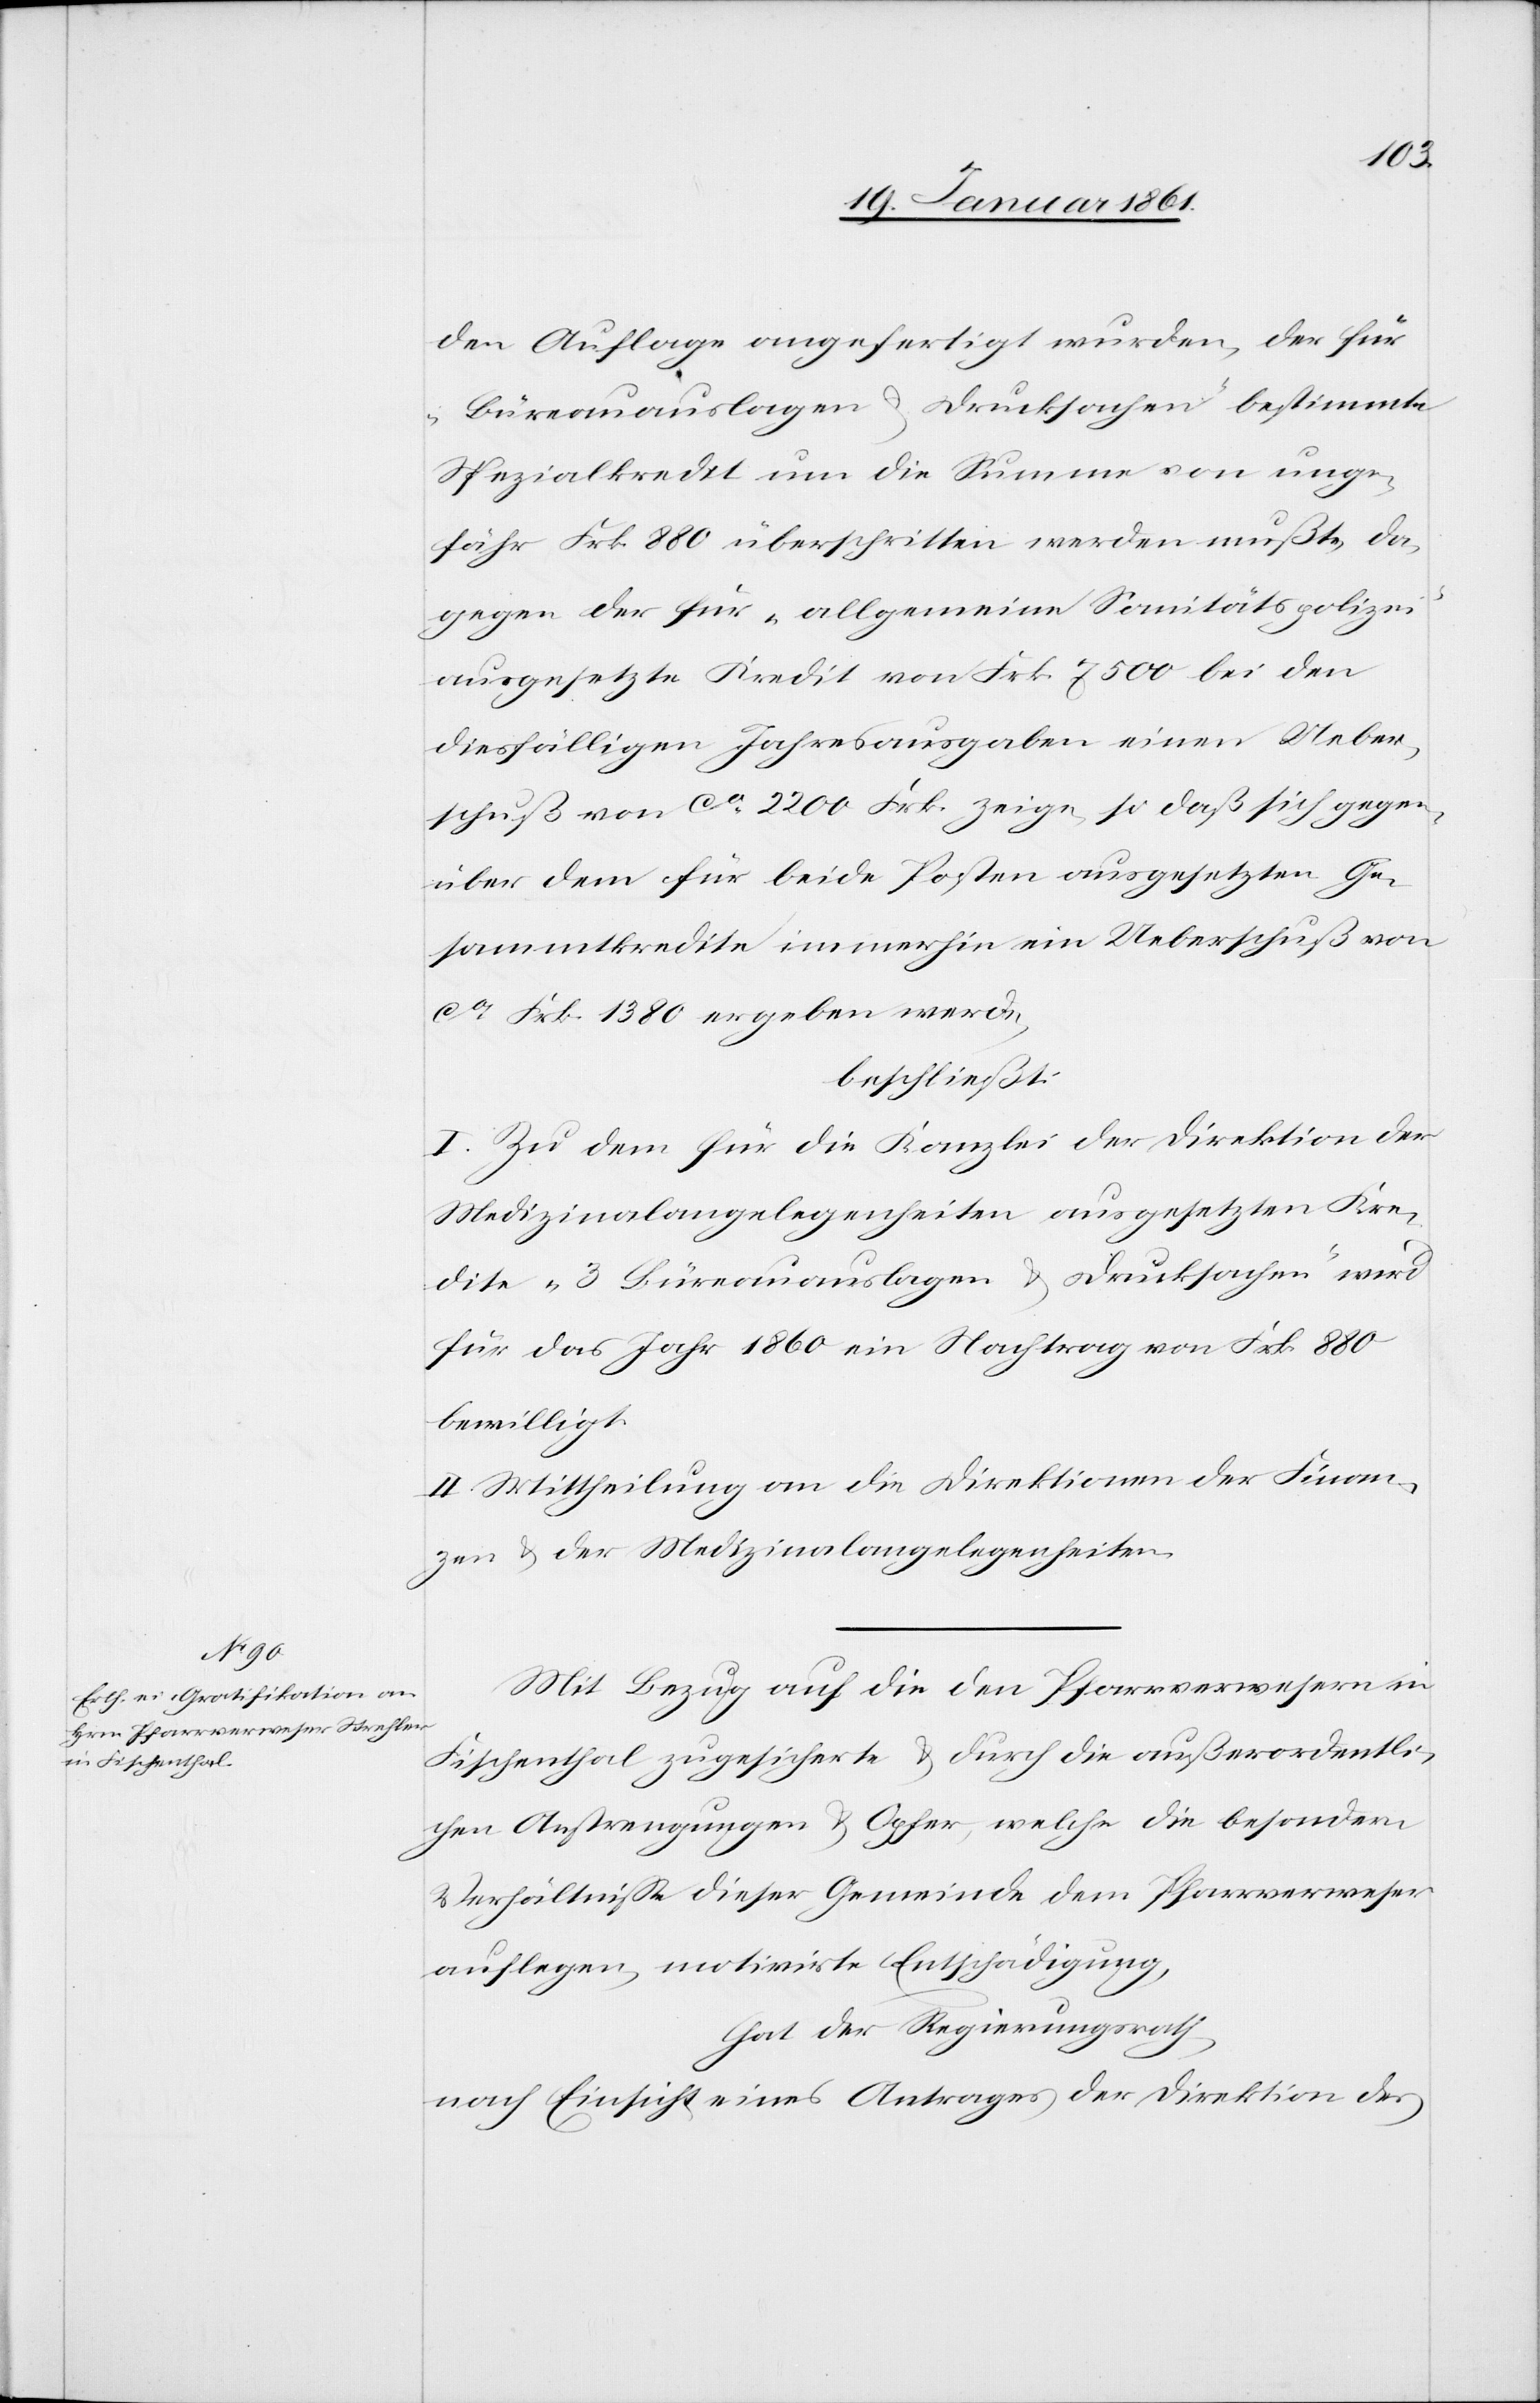
den Auflage angefertigt wurden, der für
„Büreauauslagen u. Drucksachen“ bestimmte
Spezialkredit um die Summe von unge¬
fähr Frk. 880 überschritten werden müßte, da¬
gegen der für „allgemeine Sanitätspolizei“
ausgesetzte Kredit von Frk. 7500 bei den
diesfälligen Jahresausgaben einen Ueber¬
schuß von ca 2200 Frk. zeige, so daß sich gegen¬
über dem für beide Posten ausgesetzten Ge¬
sammtkredite immerhin ein Ueberschuß von
ca Frk. 1380 ergeben werde,
beschließt:
I. Zu dem für die Kanzlei der Direktion der
Medizinalangelegenheiten ausgesetzten Kre¬
dite „3 Büreauauslagen u. Drucksachen“ und wird
für das Jahr 1860 ein Nachtrag von Frk. 880
bewilligt.
II. Mittheilung an die Direktionen der Finan¬
zen u. der Medizinalangelegenheiten.
Mit Bezug auf die den Pfarrverwesern in
Fischenthal zugesicherte u. durch die außerordentli¬
chen Anstrengungen u. Opfer, welche die besondern
Verhältnisse dieser Gemeinde dem Pfarrverweser
auflegen, motivirte Entschädigung,
hat der Regierungsrath,
nach Einsicht eines Antrages der Direktion des